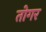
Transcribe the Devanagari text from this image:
तोगर